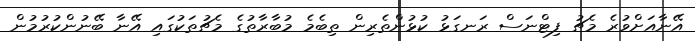
އޭނާއަށްވުރެ މެޗު ފިޓްނަސް ރަނގަޅު ކުޅުންތެރިން ތިބެމެ މުބާރާތުގެ މެޗުތަކުގައި އޭނާ ބޭނުންކުރުމުން